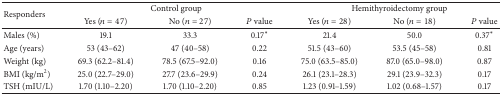
<table><thead><tr><td rowspan="2"><b>Responders </b></td><td colspan="3"><b>Control group</b></td><td colspan="3"><b>Hemithyroidectomy group</b></td></tr><tr><td><b>Yes (<i>n</i> = 47)</b></td><td><b>No (<i>n</i> = 27)</b></td><td><b><i>P</i> value</b></td><td><b>Yes (<i>n</i> = 28)</b></td><td><b>No (<i>n</i> = 18)</b></td><td><b><i>P</i> value</b></td></tr></thead><tbody><tr><td>Males (%)</td><td>19.1</td><td>33.3</td><td>0.17*</td><td>21.4</td><td>50.0</td><td>0.37*</td></tr><tr><td>Age (years)</td><td>53 (43–62)</td><td>47 (40–58)</td><td>0.22</td><td>51.5 (43–60)</td><td>53.5 (45–58)</td><td>0.81</td></tr><tr><td>Weight (kg)</td><td>69.3 (62.2–81.4)</td><td>78.5 (67.5–92.0)</td><td>0.16</td><td>75.0 (63.5–85.0)</td><td>87.0 (65.0–98.0)</td><td>0.87</td></tr><tr><td>BMI (kg/m<sup>2</sup>)</td><td>25.0 (22.7–29.0)</td><td>27.7 (23.6–29.9)</td><td>0.24</td><td>26.1 (23.1–28.3)</td><td>29.1 (23.9–32.3)</td><td>0.17</td></tr><tr><td>TSH (mIU/L)</td><td>1.70 (1.10–2.20)</td><td>1.70 (1.10–2.20)</td><td>0.85</td><td>1.23 (0.91–1.59)</td><td>1.02 (0.68–1.57)</td><td>0.17</td></tr></tbody></table>